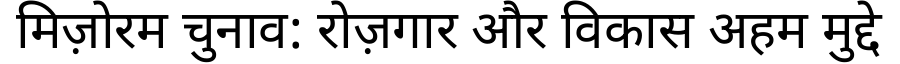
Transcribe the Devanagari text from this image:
मिज़ोरम चुनाव: रोज़गार और विकास अहम मुद्दे